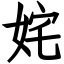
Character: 姹